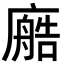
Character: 𫸂